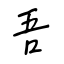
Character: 吾